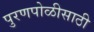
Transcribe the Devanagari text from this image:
पुरणपोळीसाठी